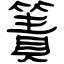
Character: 簀